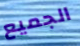
الجميع